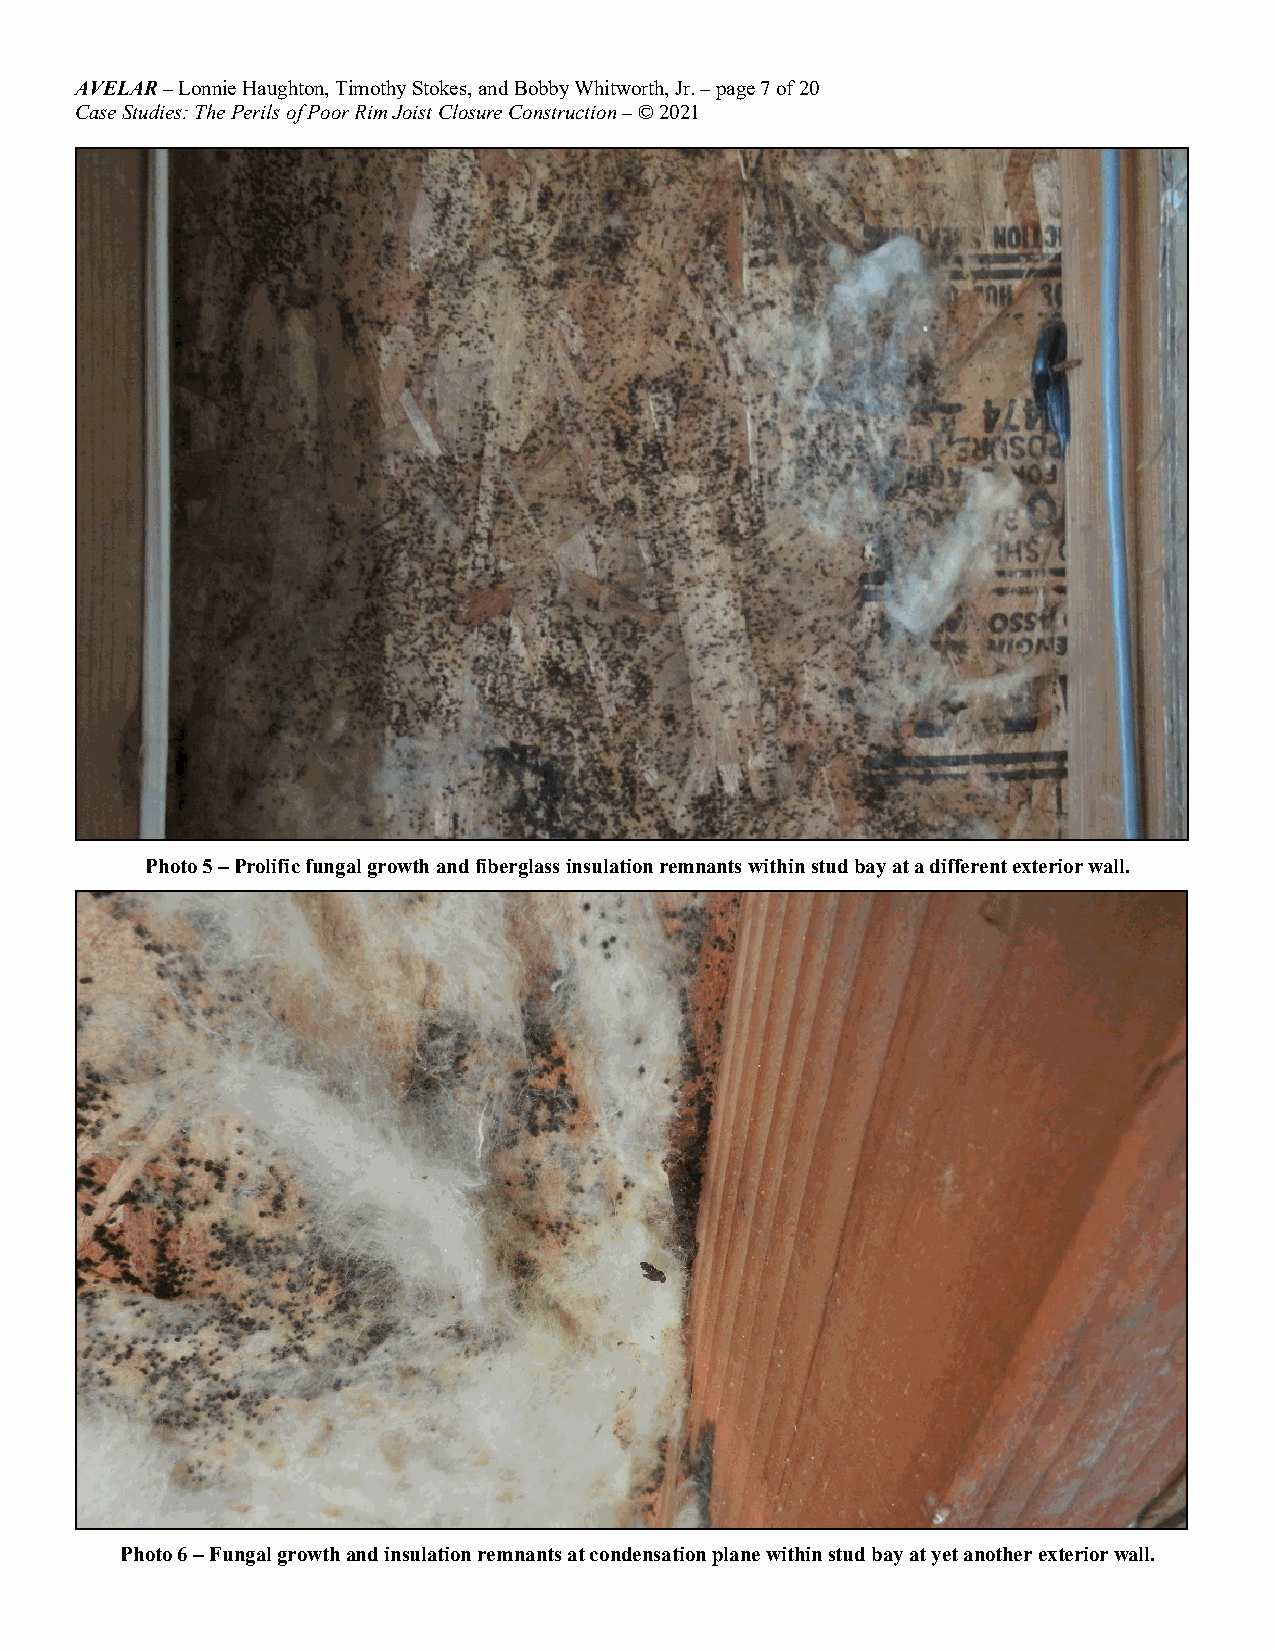
AVELAR – Lonnie Haughton, Timothy Stokes, and Bobby Whitworth, Jr. – page 7 of 20
 Case Studies: The Perils of Poor Rim Joist Closure Construction – © 2021
 Photo 5 – Prolific fungal growth and fiberglass insulation remnants within stud bay at a different exterior wall.
 Photo 6 – Fungal growth and insulation remnants at condensation plane within stud bay at yet another exterior wall.